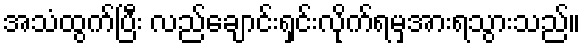
အသံထွက်ပြီး လည်ချောင်းရှင်းလိုက်ရမှအားရသွားသည်။